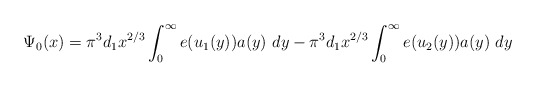
\begin{align*}\Psi_0(x) = \pi^3 d_1 x^{{2}/{3}} \int_0^\infty e(u_1(y))a(y)~dy -\pi^3 d_1 x^{{2}/{3}} \int_0^\infty e(u_2(y))a(y)~dy \end{align*}